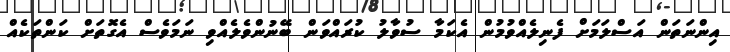
އިންނަތަން އަސްލަމަށް ފެނިލެއްވުމުން އެކަމާ ސުވާލު ކުރައްވަން ބޭނުންވެލެއްވި ނަމަވެސް އެގޮތަށް ކަންތަކެއް